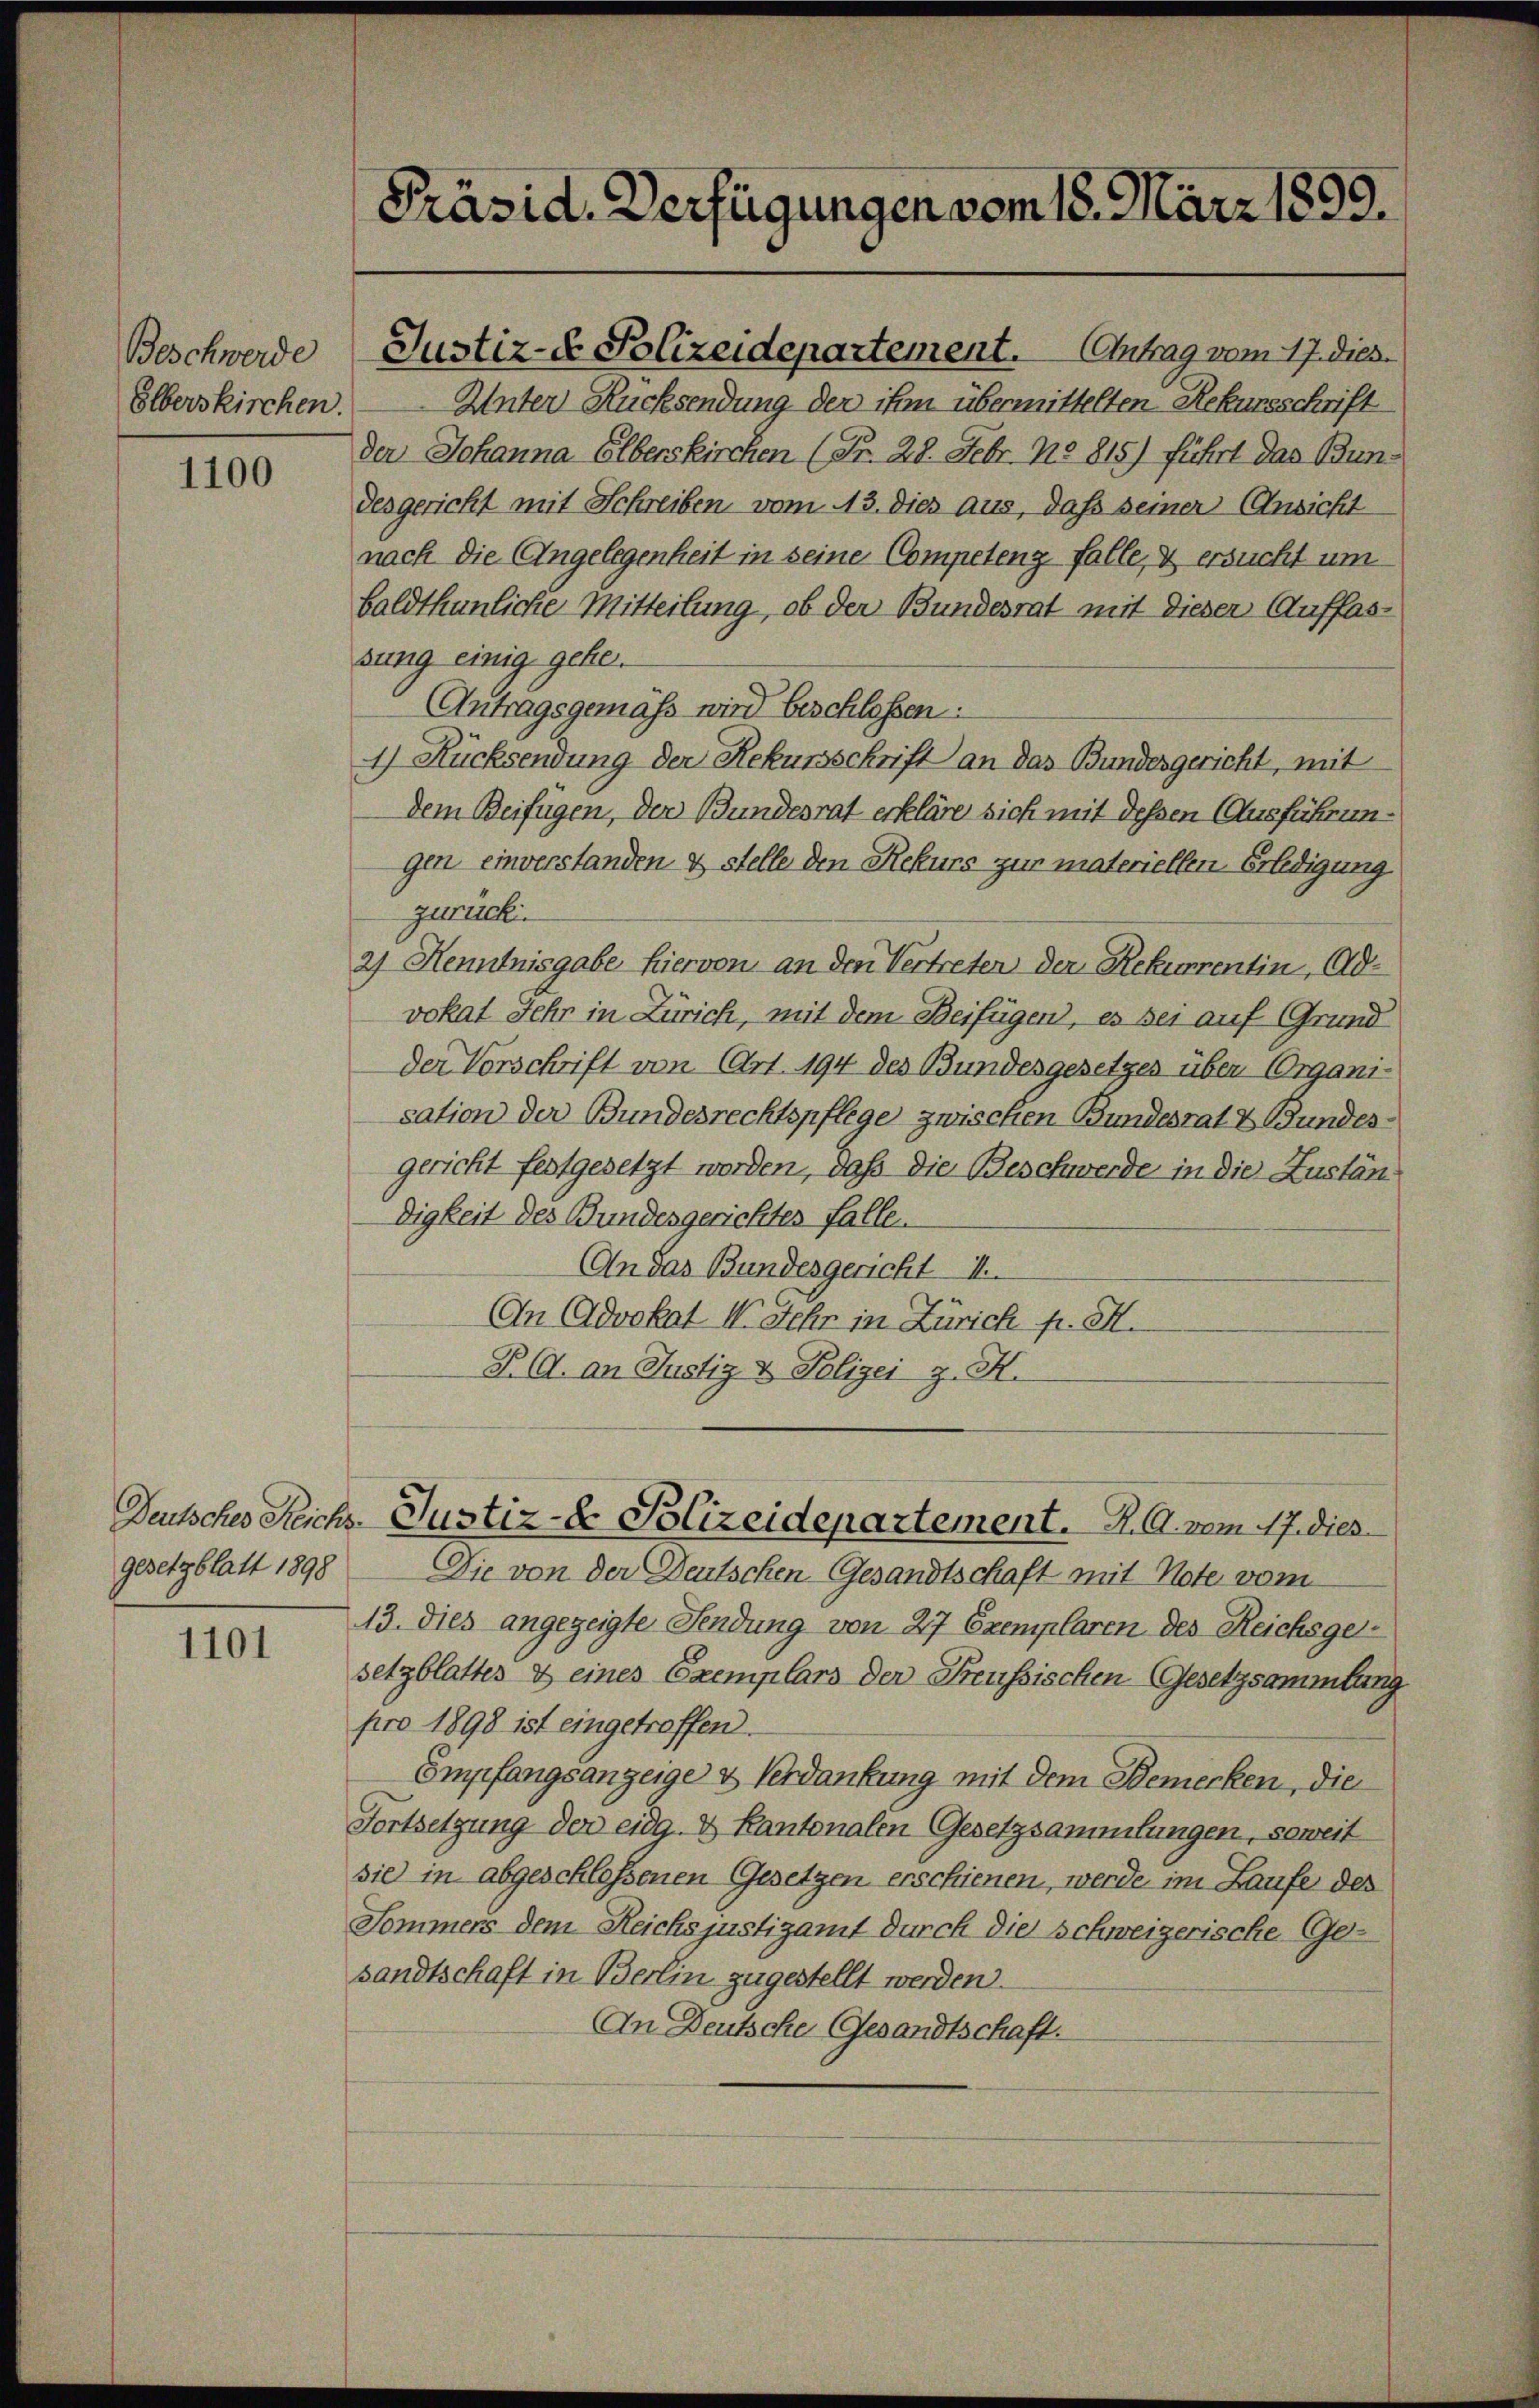
Beschwerde
Elberskirchen.

1100

gesetzblatt 1898

1101

Präsid. Verfügungen vom 18. März 1899.

Unter Rücksendung der ihm übermittelten Rekursschrift
der Johanna Elberskirchen (Fr. 28. Febr. No 815) führt das Bundesgericht mit Schreiben vom 13. dies aus, daß seiner Ansicht
nach die Angelegenheit in seine Competenz falle, & ersucht um
baldthunliche Mitteilung, ob der Bundesrat mit dieser Auffassung einig gehe.
Antragsgemäss wird beschlossen:
4) Rücksendung der Rekursschrift an das Bundesgericht, mit
Dem Beifügen, der Bundesrat erkläre sich mit dessen Ausführungen einverstanden & stelle den Rekurs zur materiellen Erledigung
zurück.
2) Henntnisgabe hiervon an den Vertreten der Rekurrentin, Advokat Jehr in Zürich, mit dem Beifügen, es sei auf Grund
Der Vorschrift von (Art. 194 des Bundesgesetzes über Organisation der Bundesrechtspflege zwischen Bundesrat & Bundesgericht festgesetzt worden, daß die Beschwerde in die Zuständigkeit des Bundesgerichtes falle.
An das Bundesgericht 11
An Advokat I. Sehr in Zürich p. H.
PC. an Justiz & Polizei z. H.

Justiz- & Polizeidepartement. Antrag vom 17. dies

Deutsches Reichs-Justiz-Er Bolizeidepartement. R. G. vom 17. dies

Die von der Deutschen Gesandtschaft mit Note vom
13. Dies angezeigte Sendung von 27 Exemplaren des Reichsger
setzblattes & eines Exemplars der Preussischen Gesetzsammtung
pro 1898 ist eingetroffen.
Empfangsanzeige & Verdankung mit dem Bemerken, die
Fortsetzung der eidg. & Kantonalen Gesetzsammtungen, soweit
sie in abgeschlossenen Gesetzen erschienen, werde im Laufe des
Sommers dem Reichs justizamt durch die Schweizerische Ge-
sandtschaft in Berlin zugestellt werden.
An Deutsche Gesandtschaft.